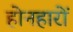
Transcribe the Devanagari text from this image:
होनहारों